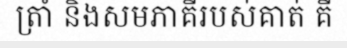
ត្រាំ និងសមភាគីរបស់គាត់ គឺ